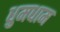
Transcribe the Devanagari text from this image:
धुमधाम